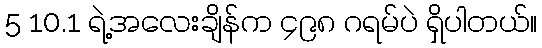
5 10.1 ရဲ့အလေးချိန်က ၄၉၈ ဂရမ်ပဲ ရှိပါတယ်။